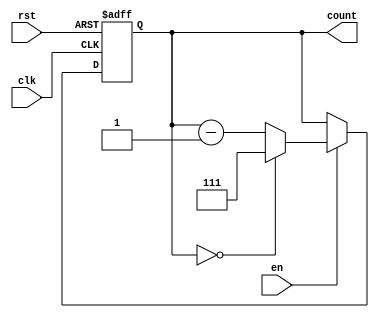
module binary_down_counter #(
    parameter N = 3  // Parameter for the number of bits in the counter
)(
    input wire clk,     // Clock input
    input wire rst,     // Asynchronous reset input
    input wire en,      // Enable input
    output reg [N-1:0] count // Current count output
);

    // Maximum value for the counter (2^N - 1)
    localparam MAX_VALUE = (1 << N) - 1;

    // Always block triggered on the rising edge of the clock or reset
    always @(posedge clk or posedge rst) begin
        if (rst) begin
            // Reset the counter to the maximum value
            count <= MAX_VALUE;
        end else if (en) begin
            // Decrement the counter
            if (count == 0) begin
                count <= MAX_VALUE; // Wrap around to maximum value
            end else begin
                count <= count - 1; // Decrement the count
            end
        end
        // If enable is low, the count retains its value
    end

endmodule